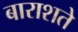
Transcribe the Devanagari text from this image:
बाराशते